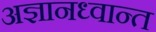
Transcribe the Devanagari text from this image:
अज्ञानध्वान्त